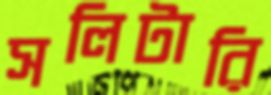
সলিটারি